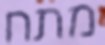
מתח